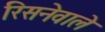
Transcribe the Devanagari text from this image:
रिसनेवाले